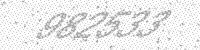
Solution: 982533